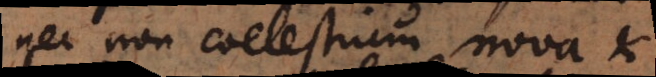
nec non coelestium nova et